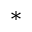
^ *